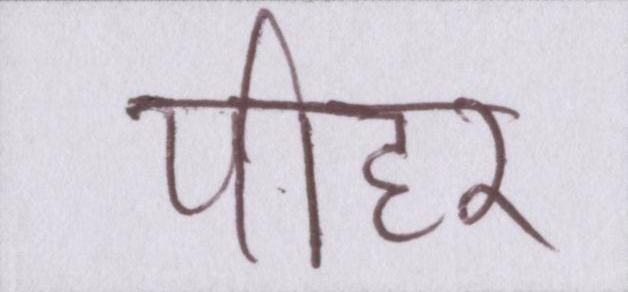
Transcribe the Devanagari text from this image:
पीहर